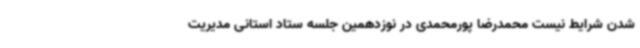
شدن شرایط نیست محمدرضا پورمحمدی در نوزدهمین جلسه ستاد استانی مدیریت